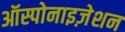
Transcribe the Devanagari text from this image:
ऑस्पोनाइज़ेशन